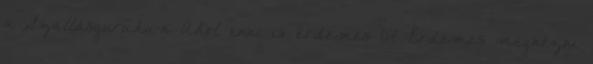
a Szallasguru.hu-n Ahol enni is érdemes 67 Érdemes megnézni